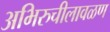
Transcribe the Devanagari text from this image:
अभिरुचीलावळण